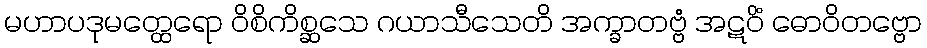
မဟာပဒုမတ္ထေရော ဝိစိကိစ္ဆသေ ဂယာသီသေတိ အက္ခာတဗ္ဗံ အဋဝိံ ဓောဝိတဗ္ဗော